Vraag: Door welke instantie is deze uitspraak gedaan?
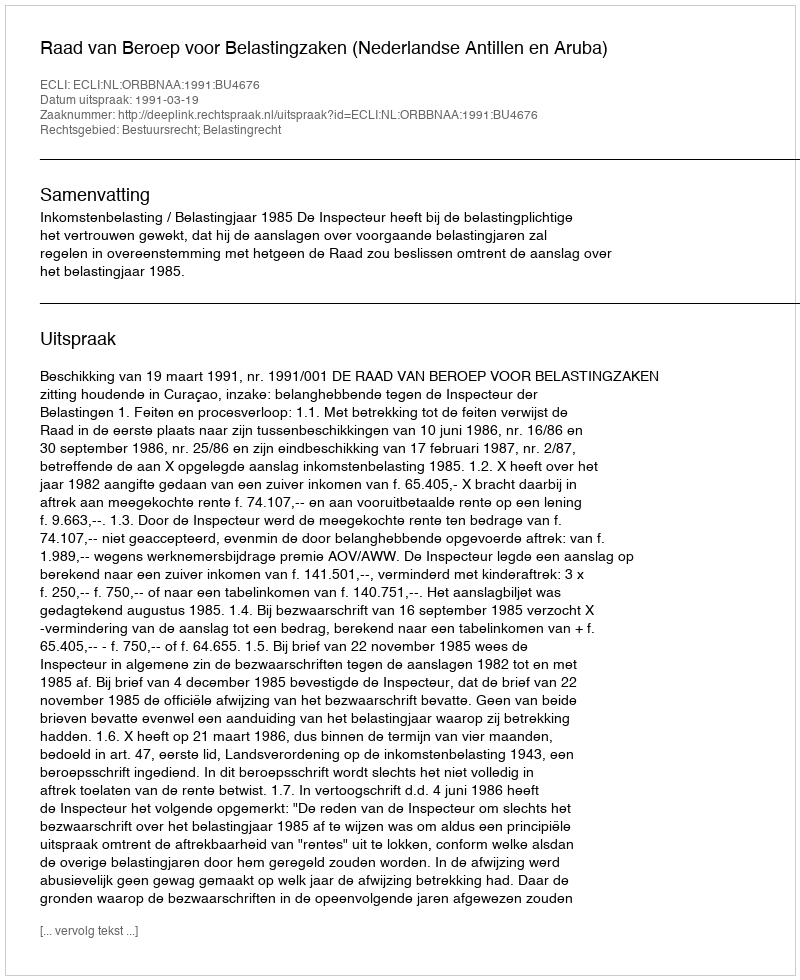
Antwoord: Raad van Beroep voor Belastingzaken (Nederlandse Antillen en Aruba)